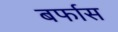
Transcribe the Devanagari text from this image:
बर्फास